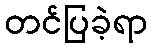
တင်ပြခဲ့ရာ